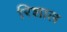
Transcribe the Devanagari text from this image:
रिशाल